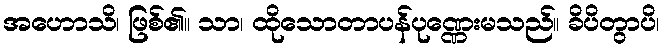
အဟောသိ၊ ဖြစ်၏။ သာ၊ ထိုသောတာပန်ပုဏ္ဏေးမသည်။ ခိပိတွာပိ၊